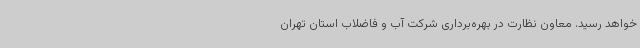
خواهد رسید. معاون نظارت در بهره‌برداری شرکت آب و فاضلاب استان تهران